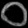
Digit: ၀